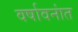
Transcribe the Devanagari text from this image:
वर्षावनांत